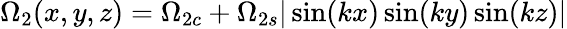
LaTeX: \Omega_{2}(x,y,z)=\Omega_{2c}+\Omega_{2s}|\sin(kx)\sin(ky)\sin(kz)|